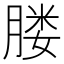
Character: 𦝼